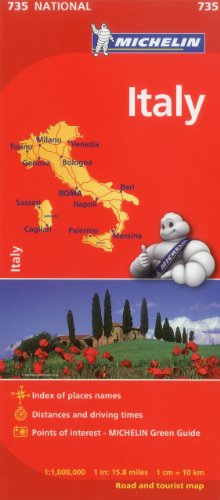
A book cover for Michelin Italy Map 735 (Maps/Country (Michelin)) (Italian, English, French, German, Spanish and Dutch Edition); Michelin Travel & Lifestyle; Travel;